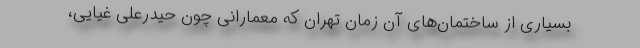
بسیاری از ساختمان‌های آن زمان تهران که معمارانی چون حیدرعلی غیایی،